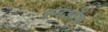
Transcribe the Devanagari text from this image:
रनऑफ़